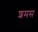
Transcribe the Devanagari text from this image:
शमस